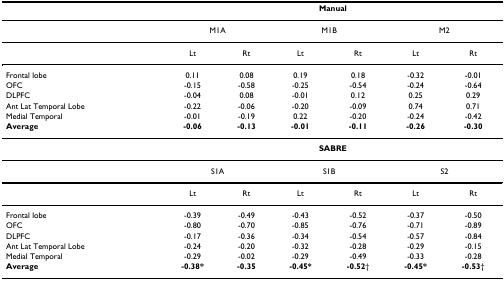
|  | <COLSPAN=6> Manual |
 | --- | --- | --- | --- | --- | --- | --- |
 |  | <COLSPAN=2> M1A | <COLSPAN=2> M1B | <COLSPAN=2> M2 |
 |  | Lt | Rt | Lt | Rt | Lt | Rt |
 | Frontal lobe | 0.11 | 0.08 | 0.19 | 0.18 | -0.32 | -0.01 |
 | OFC | -0.15 | -0.58 | -0.25 | -0.54 | -0.24 | -0.64 |
 | DLPFC | -0.04 | 0.08 | -0.01 | 0.12 | 0.25 | 0.29 |
 | Ant Lat Temporal Lobe | -0.22 | -0.06 | -0.20 | -0.09 | 0.74 | 0.71 |
 | Medial Temporal | -0.01 | -0.19 | 0.22 | -0.20 | -0.24 | -0.42 |
 | Average | -0.06 | -0.13 | -0.01 | -0.11 | -0.26 | -0.30 |
 |  | <COLSPAN=6> SABRE |
 |  | <COLSPAN=2> S1A | <COLSPAN=2> S1B | <COLSPAN=2> S2 |
 |  | Lt | Rt | Lt | Rt | Lt | Rt |
 | Frontal lobe | -0.39 | -0.49 | -0.43 | -0.52 | -0.37 | -0.50 |
 | OFC | -0.80 | -0.70 | -0.85 | -0.76 | -0.71 | -0.89 |
 | DLPFC | -0.17 | -0.36 | -0.34 | -0.54 | -0.57 | -0.84 |
 | Ant Lat Temporal Lobe | -0.24 | -0.20 | -0.32 | -0.28 | -0.29 | -0.15 |
 | Medial Temporal | -0.29 | -0.02 | -0.29 | -0.49 | -0.33 | -0.28 |
 | Average | -0.38* | -0.35 | -0.45* | -0.52† | -0.45* | -0.53† |